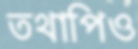
তথাপিও